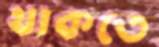
থাকতে